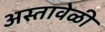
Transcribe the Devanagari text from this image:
अस्तावेळी